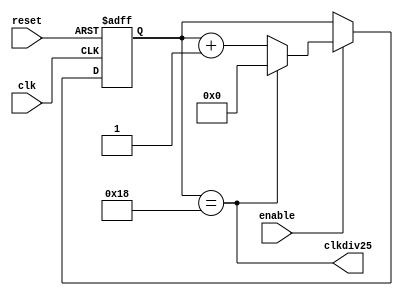
module cnt25 (reset, clk, enable, clkdiv25);
input reset, clk, enable;
output clkdiv25;
reg [5:0] cnt;

assign clkdiv25 = (cnt==5'd24);
always @(posedge reset or posedge clk)
  if (reset) cnt <= 0;
   else if (enable) 
          if (clkdiv25) cnt <= 0;
            else cnt <= cnt + 1;
endmodule

module cnt5 (reset, clk, enable, clkdiv5);
input reset, clk, enable;
output clkdiv5;
reg [2:0] cnt;

assign clkdiv5 = (cnt==3'd4);
always @(posedge reset or posedge clk)
  if (reset) cnt <= 0;
   else if (enable) 
          if (clkdiv5) cnt <= 0;
            else cnt <= cnt + 1;
endmodule

module cnt7b (reset, clk, enable, clkdiv128);
input reset, clk, enable;
output clkdiv128;
reg [6:0] cnt;

assign clkdiv128 = (cnt==7'd127);
always @(posedge reset or posedge clk)
  if (reset) cnt <= 0;
   else if (enable) cnt <= cnt + 1;
endmodule


module TenHertz(reset, clk, en_nxt);
input clk, reset;
output en_nxt;
wire clk10Hz;
wire first, second, third, fourth;

cnt25 i0 (reset, clk, 1'b1, first);
cnt25 i1 (reset, clk, first, second);
cnt25 i2 (reset, clk, first & second, third);
cnt5 i3 (reset, clk, first & second & third, fourth);
cnt7b i4 (reset, clk, first & second & third & fourth, clk10Hz);
assign en_nxt = first & second & third & fourth & clk10Hz;
endmodule

/*
module testOneHertz();
  reg reset, clk;
  wire en_nxt;
  
  OneHertz CUT (reset, clk, en_nxt);
  initial begin reset=0; clk = 0; # 10 reset = 1; # 9 reset = 0; end
  always #1 clk=~clk;
endmodule
*/